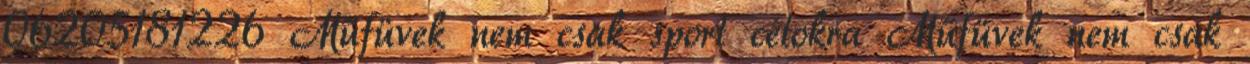
06205181226 Műfüvek nem csak sport célokra Műfüvek nem csak